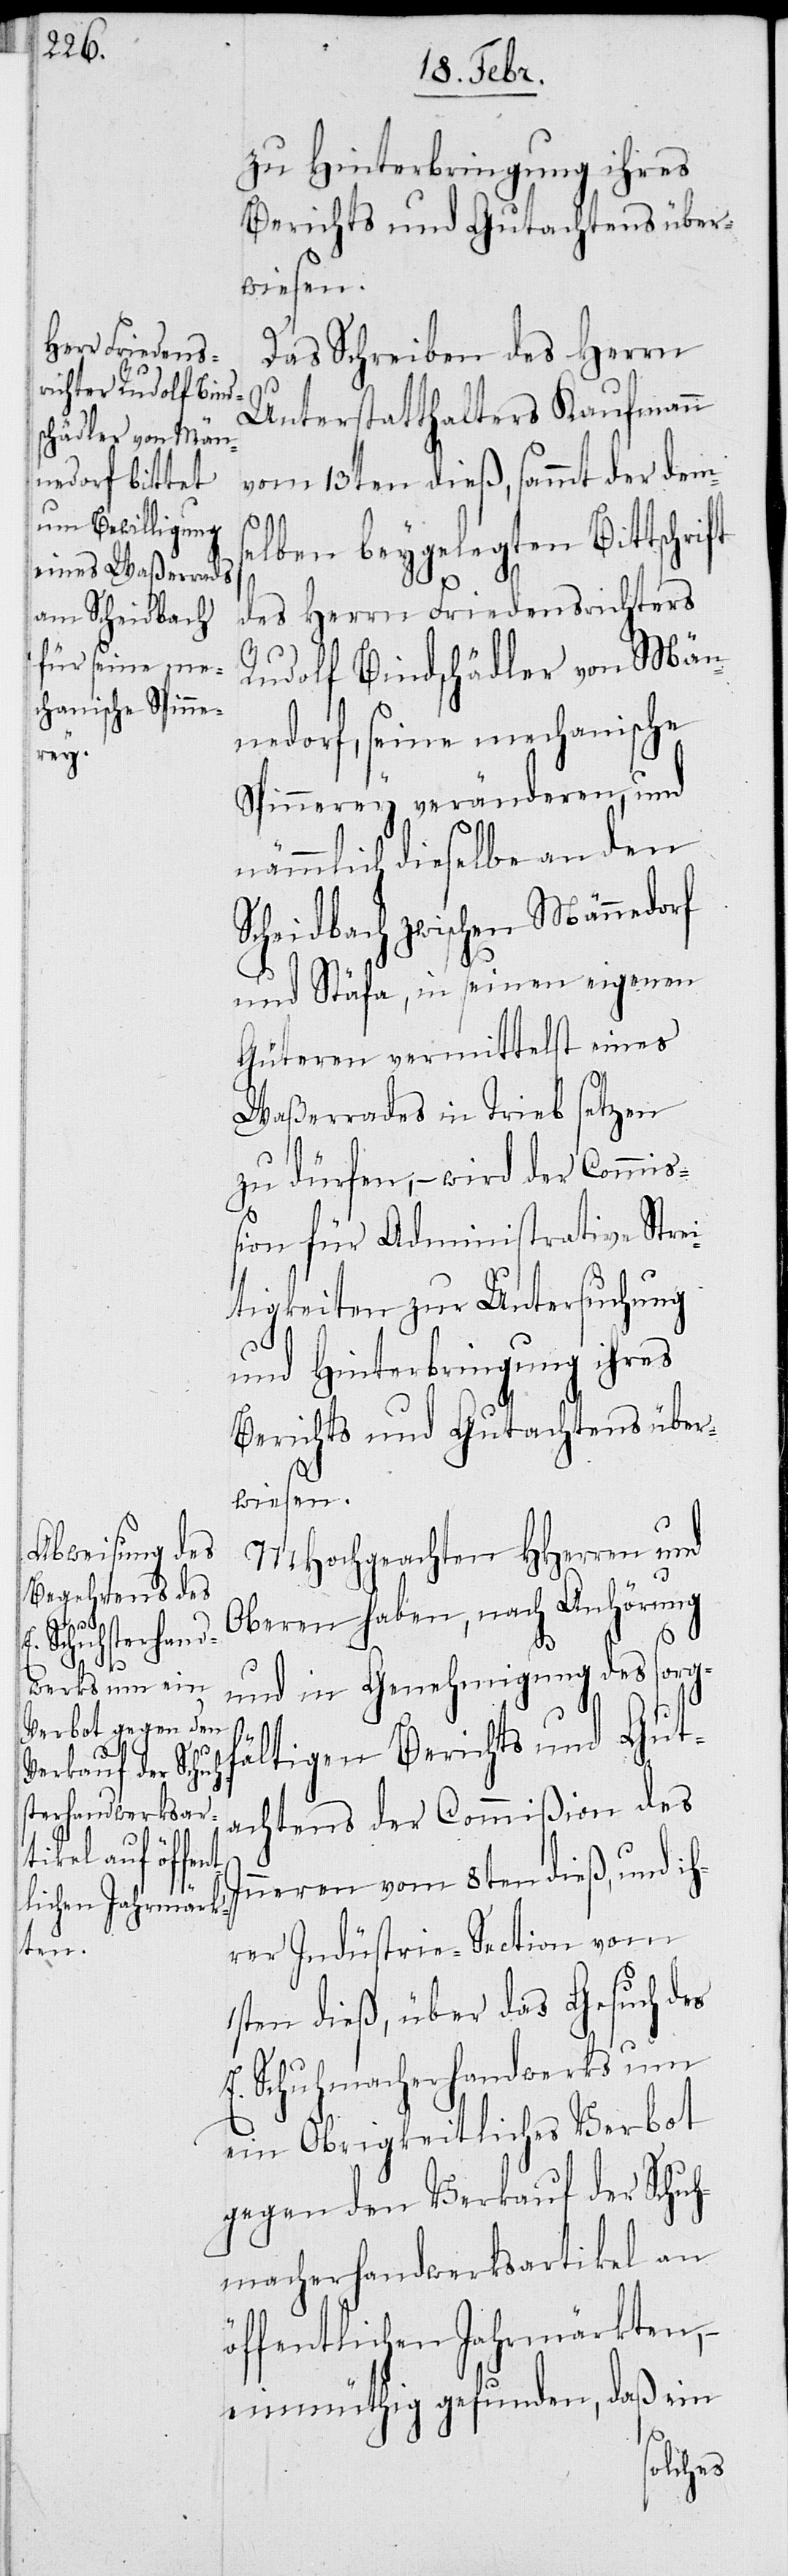
zu Hinterbringung ihres
Berichts und Gutachtens über¬
wiesen.
Das Schreiben des Herrn
Unterstatthalters Kaufmann
vom 13ten dieß, sammt der dems¬
elben beygelegten Bittschrift
des Herrn Friedensrichters
Rudolf Bindschädler von Män¬
nedorf, seine mechanische
Spinnerey veränderen, und
nämmlich dieselbe an den
Scheidbach zwischen Männedorf
und Stäfa, in seinen eigenen
Güteren vermittelst eines
Waßerrades in Trieb setzen
zu dürfen, – wird der Commiß¬
ion für Administrative Stre¬
itigkeiten zur Untersuchung
und Hinterbringung ihres
Berichts und Gutachtens über¬
wiesen.
MHochgeachten HHerren und
Oberen haben, nach Anhörung
und in Genehmigung des sorgf¬
ältigen Berichts und Gut¬
achtens der Commißion des
Inneren vom 8ten dieß, und ih¬
rer Industrie-Section vom
1sten dieß, über das Gesuch des
E. Schuhmacherhandwerks um
ein Obrigkeitliches Verbot
gegen den Verkauf der Schuh¬
macherhandwerksartikel an
öffentlichen Jahrmärkten,
einmüthig gefunden, daß ein